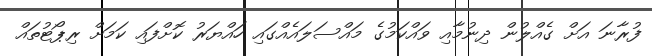
ފުރާނަ އަށް ގެއްލުން ދިނުމާއި ވައްކަމުގެ މައްސަލައެއްގައި ހައްޔަރު ކޮށްފައި ކަމަށް ރިޕޯޓުތައް